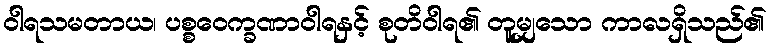
ဝါရသမတာယ၊ ပစ္စဝေက္ခဏာဝါရနှင့် စုတိဝါရ၏ တူမျှသော ကာလရှိသည်၏